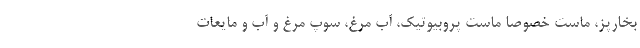
بخارپز، ماست خصوصا ماست پروبیوتیک، آب مرغ، سوپ مرغ و آب و مایعات